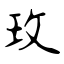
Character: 玫